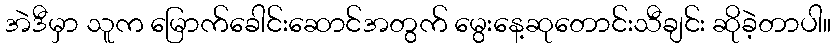
အဲဒီမှာ သူက မြောက်ခေါင်းဆောင်အတွက် မွေးနေ့ဆုတောင်းသီချင်း ဆိုခဲ့တာပါ။